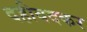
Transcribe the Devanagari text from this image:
दहीवदकर